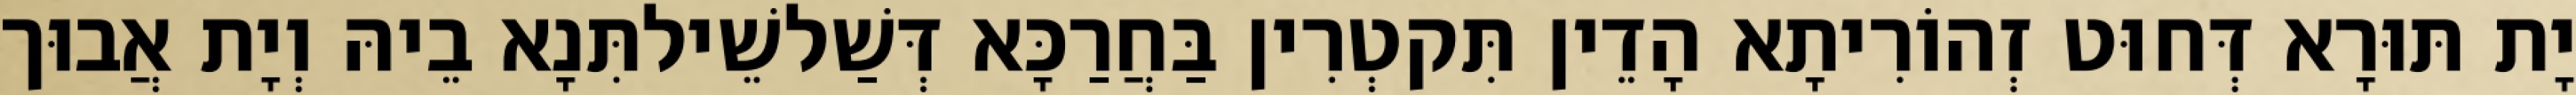
יָת תּוּרָא דְּחוּט זְהוֹרִיתָא הָדֵין תִּקטְרִין בַּחֲרַכָּא דְּשַׁלשֵׁילתִּנָא בֵיהּ וְיָת אֲבוּך